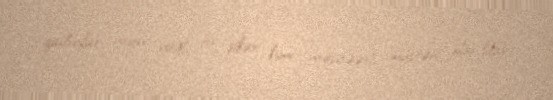
qadınlar üçün yağlı bir şikar kimi mənfəətli müştəri olardılar.